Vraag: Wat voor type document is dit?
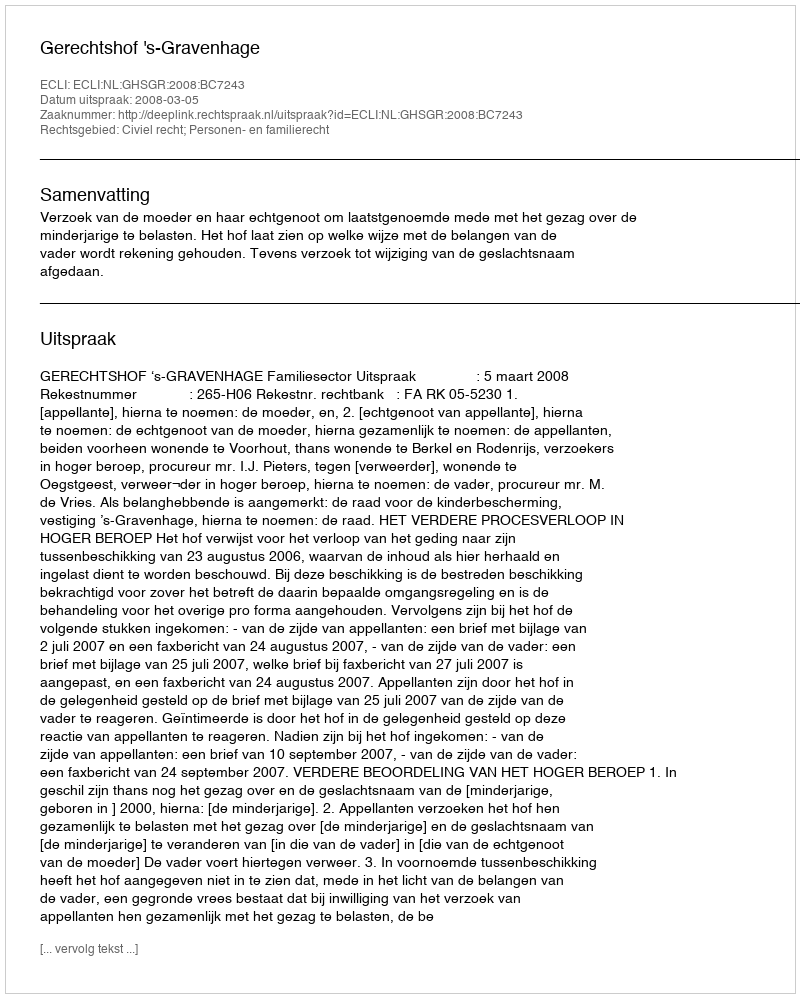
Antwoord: Uitspraak